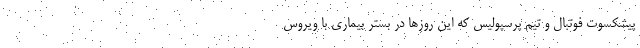
پیشکسوت فوتبال و تیم پرسپولیس که این روزها در بستر بیماری با ویروس